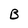
Character: B